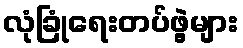
လုံခြုံရေးတပ်ဖွဲ့များ